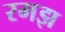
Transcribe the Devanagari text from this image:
रमझ